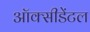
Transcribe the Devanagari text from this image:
ऑक्‍सीडेंटल